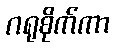
ဂရုစိုက်ကာ